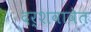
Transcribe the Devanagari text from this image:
दर्शवावेत